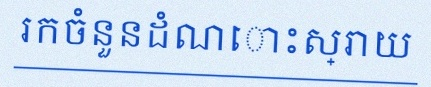
រកចំនួនដំណោះស្រាយ